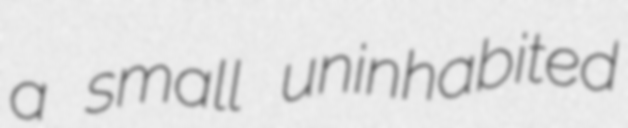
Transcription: a small uninhabited